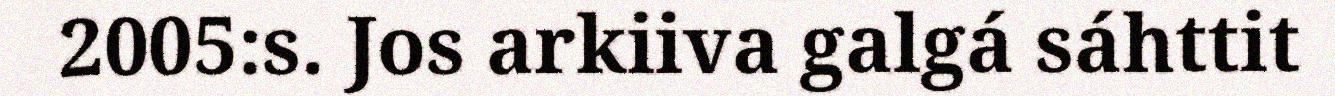
2005:s. Jos arkiiva galgá sáhttit